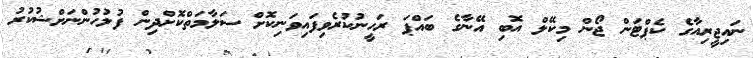
ނައިޖީރިއާގެ ކެޕްޓަން ޖޯން މިކޭލް އޮބި އޭނާގެ ބައްޕަ ރަހީނުކުރެވިފައިވަނިކޮށް ސަލާމަތްކޮށްދިން ފުލުހުންނަށްޝުކުރު